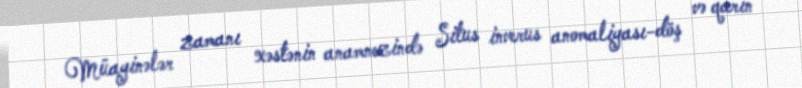
Müayinələr zamanı xəstənin anamnezində Situs inverus anomaliyası-döş və qarın